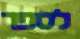
לספר